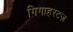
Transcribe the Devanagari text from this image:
गिगाहरटज़